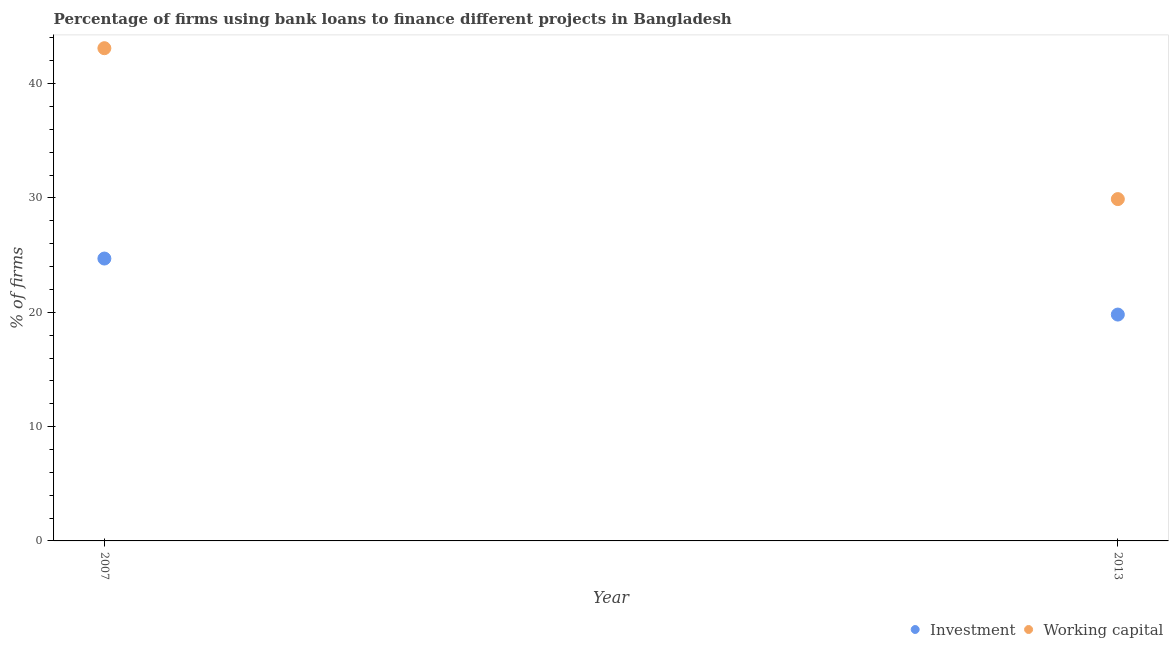
| Year | Investment | Working capital |
 | --- | --- | --- |
 | 2007 | 24.7 | 43.1 |
 | 2013 | 19.8 | 29.9 |